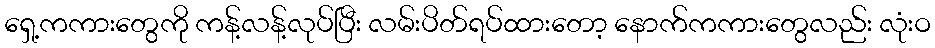
ရှေ့ကကားတွေကို ကန့်လန့်လုပ်ပြီး လမ်းပိတ်ရပ်ထားတော့ နောက်ကကားတွေလည်း လုံးဝ